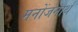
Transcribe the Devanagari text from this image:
मनोंजनार्थ